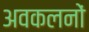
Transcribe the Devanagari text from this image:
अवकलनों